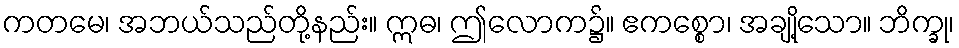
ကတမေ၊ အဘယ်သည်တို့နည်း။ ဣဓ၊ ဤလောက၌။ ဧကစ္စော၊ အချို့သော။ ဘိက္ခု၊